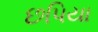
છપિયા